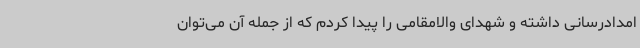
امدادرسانی داشته و شهدای والامقامی را پیدا کردم که از جمله آن می‌توان